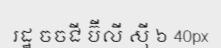
រដ្ឋ ចចជី ប៊ីលី ស៊ី ៦ 40px